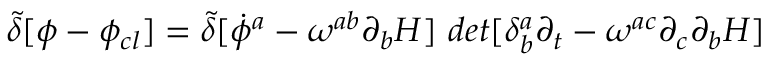
{ \tilde { \delta } } [ \phi - \phi _ { c l } ] = { \tilde { \delta } } [ { \dot { \phi } ^ { a } - \omega ^ { a b } \partial _ { b } H ] ~ d e t [ \delta _ { b } ^ { a } \partial _ { t } - \omega ^ { a c } \partial _ { c } \partial _ { b } H } ]